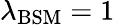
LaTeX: \lambda_{\mathrm{BSM}}=1